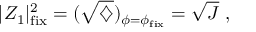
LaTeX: | Z _ { 1 } | _ { \mathrm { f i x } } ^ { 2 } = ( \sqrt { \diamondsuit } ) _ { \phi = \phi _ { \mathrm { f i x } } } = \sqrt { J } \ ,